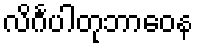
လိင်္ဂပါတုဘာဝေန